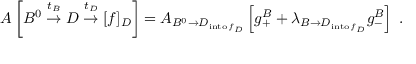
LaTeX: A \left[ B ^ { 0 } \stackrel { t _ { B } } { \rightarrow } D \stackrel { t _ { D } } { \rightarrow } [ f ] _ { D } \right] = A _ { B ^ { 0 } \rightarrow D _ { \mathrm { i n t o \, } f _ { D } } } \left[ g _ { + } ^ { B } + \lambda _ { B \rightarrow D _ { \mathrm { i n t o \, } f _ { D } } } g _ { - } ^ { B } \right] \ .